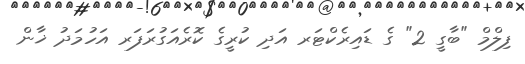
ފިލްމް "ބާގީ 2" ގެ ޑައިރެކްޓަރ އަދި ކުރީގެ ކޮރެއަގުރަފަރ އަހުމަދު ޚާން